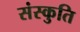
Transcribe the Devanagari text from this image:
संस्कुति